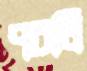
পচলি